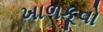
ખાળકૂવો